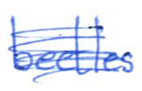
Text: beetles
Cross-out: scratch
Writing tool: ballpoint